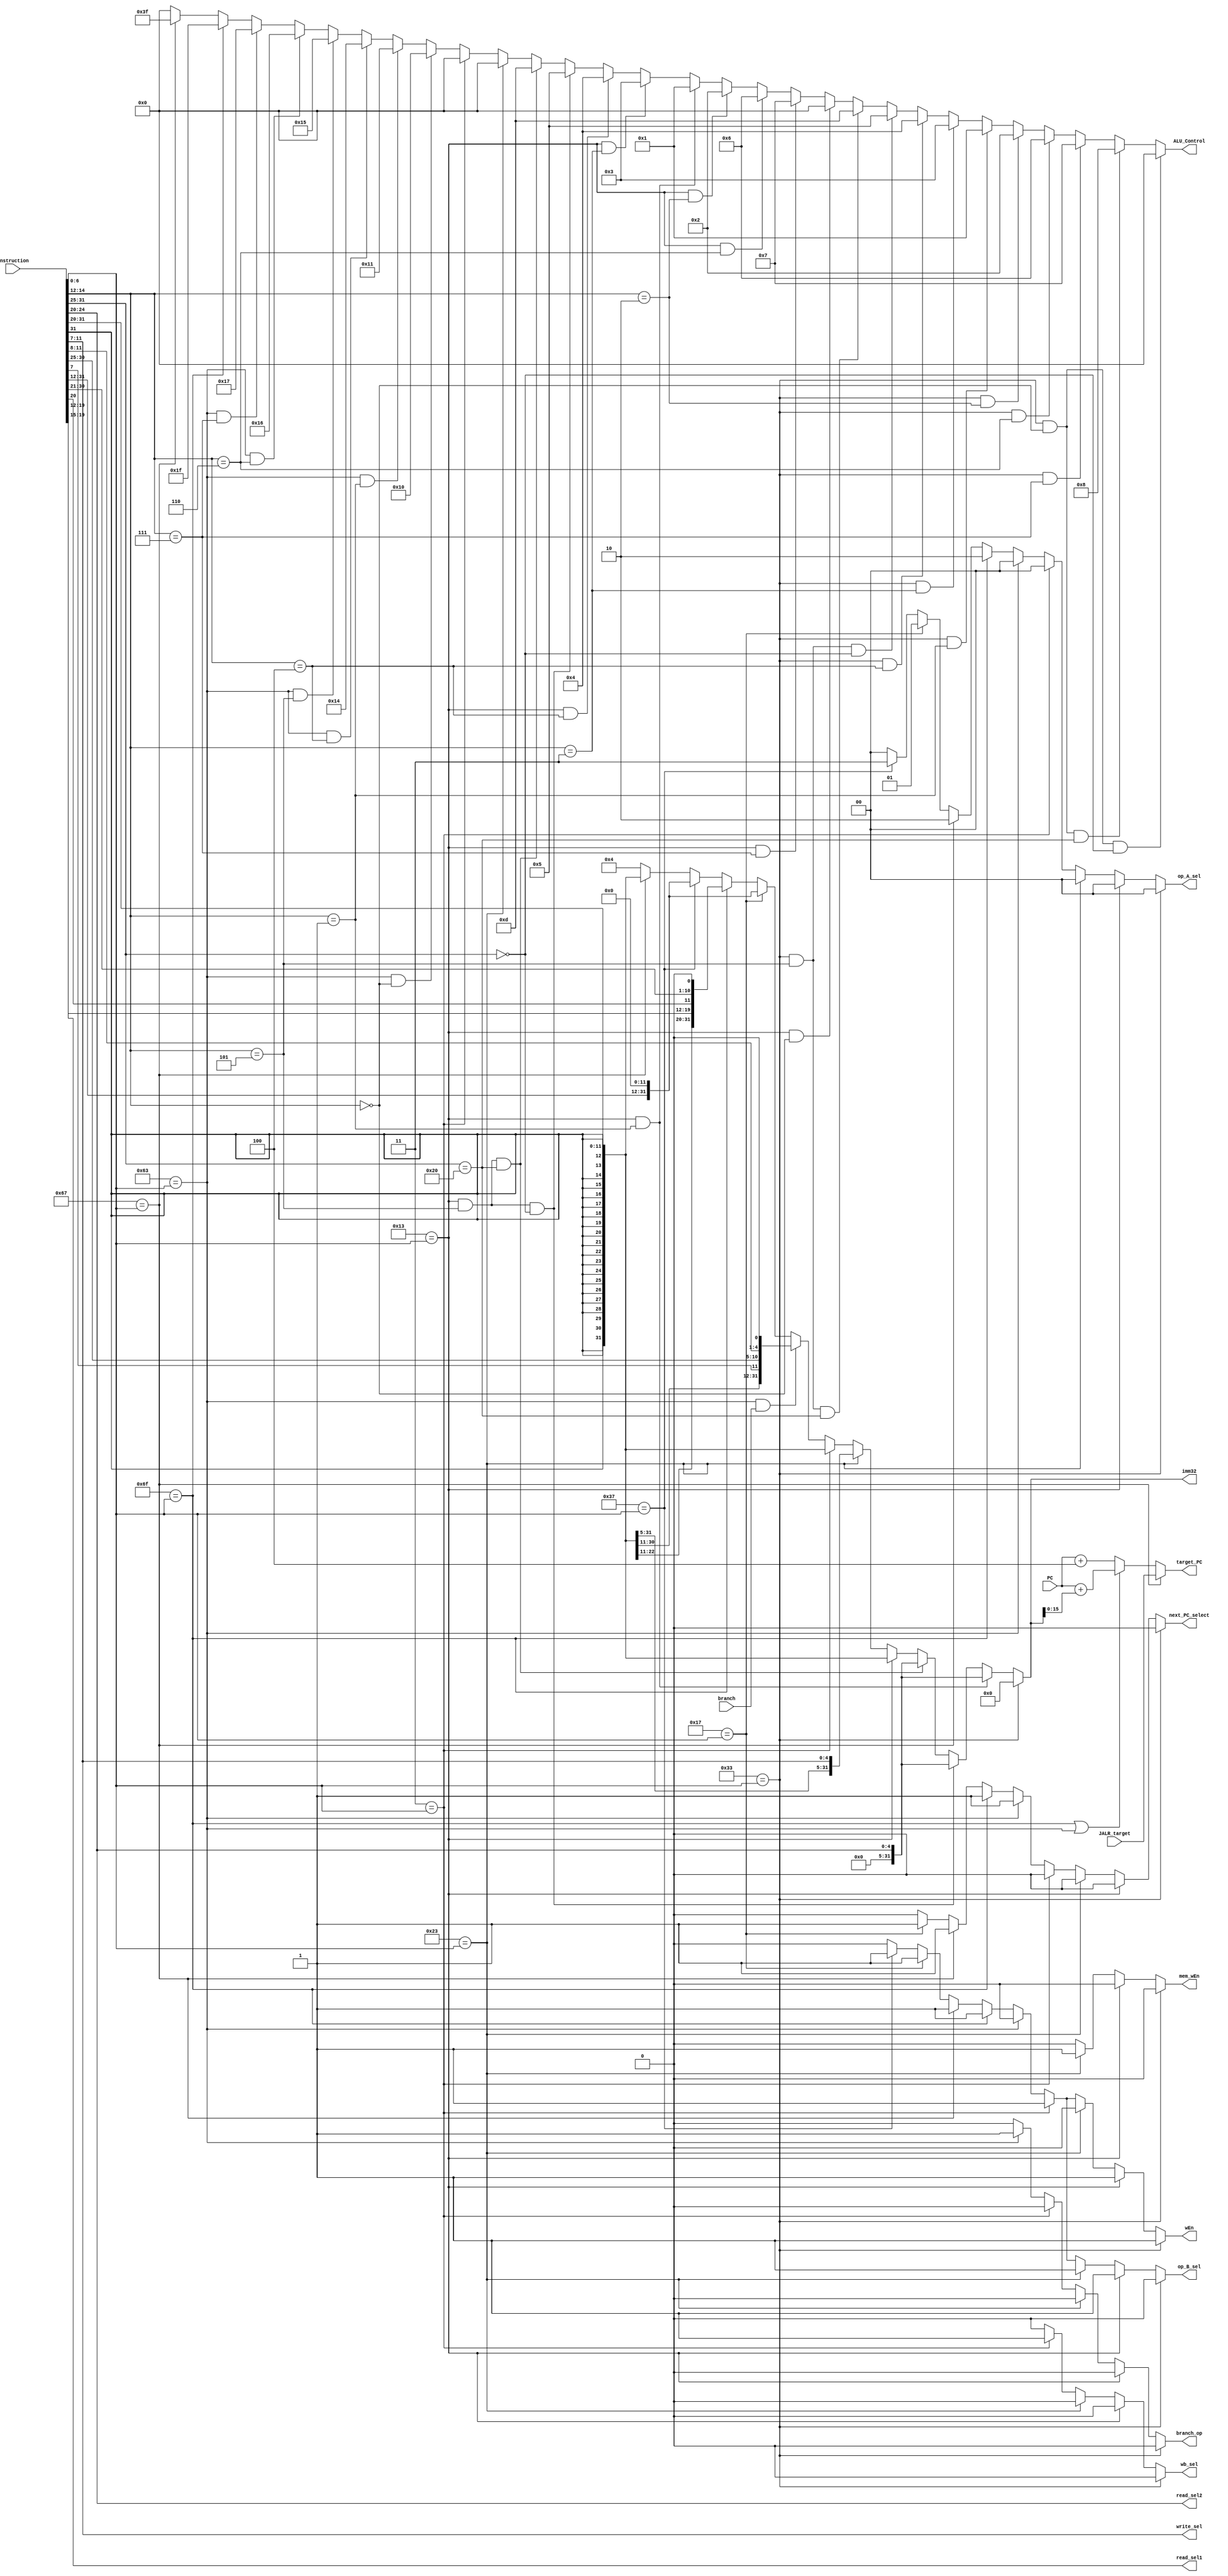
// Name: Layan Bahaidarah Andreas Francisco
// BU ID: U26666743 U85066104
// EC413 Project: Decode Module

module decode #(
  parameter ADDRESS_BITS = 16
) (
  // Inputs from Fetch
  input [ADDRESS_BITS-1:0] PC,
  input [31:0] instruction,

  // Inputs from Execute/ALU
  input [ADDRESS_BITS-1:0] JALR_target,
  input branch,

  // Outputs to Fetch
  output next_PC_select,
  output [ADDRESS_BITS-1:0] target_PC,

  // Outputs to Reg File
  output [4:0] read_sel1,
  output [4:0] read_sel2,
  output [4:0] write_sel,
  output wEn,

  // Outputs to Execute/ALU
  output branch_op, // Tells ALU if this is a branch instruction
  output [31:0] imm32,
  output [1:0] op_A_sel,
  output op_B_sel,
  output [5:0] ALU_Control,

  // Outputs to Memory
  output mem_wEn,

  // Outputs to Writeback
  output wb_sel

);

localparam [6:0]R_TYPE  = 7'b0110011,
                I_TYPE  = 7'b0010011,
                STORE   = 7'b0100011,
                LOAD    = 7'b0000011,
                BRANCH  = 7'b1100011,
                JALR    = 7'b1100111,
                JAL     = 7'b1101111,
                AUIPC   = 7'b0010111,
                LUI     = 7'b0110111;


// These are internal wires that I used. You can use them but you do not have to.
// Wires you do not use can be deleted.
wire[6:0]  s_imm_msb;//for s_type
wire[4:0]  s_imm_lsb;// for s_type
wire[19:0] u_imm;//for u_type
wire[11:0] i_imm_orig;//for i_type
wire[19:0] uj_imm;//for j_type
wire[11:0] s_imm_orig;// not currently using 
wire[12:0] sb_imm_orig;// for b_type

wire[31:0] sb_imm_32;
wire[31:0] u_imm_32;
wire[31:0] i_imm_32;
wire[31:0] s_imm_32;
wire[31:0] uj_imm_32;

wire [6:0] opcode;
wire [6:0] funct7;
wire [2:0] funct3;
wire [1:0] extend_sel;
wire [ADDRESS_BITS-1:0] branch_target;
wire [ADDRESS_BITS-1:0] JAL_target;


// Read registers
assign read_sel2  = instruction[24:20];
assign read_sel1  = instruction[19:15];

/* Instruction decoding */
assign opcode = instruction[6:0];
assign funct7 = instruction[31:25];
assign funct3 = instruction[14:12];

/* Write register */
assign write_sel = instruction[11:7];

wire[4:0] shamt;
wire[31:0] shamt_32;

assign shamt = instruction[24:20];
assign shamt_32 = {27'b000000000000000000000000000, shamt};

assign imm32= (R_TYPE == opcode)? 32'b0:

             (I_TYPE == opcode && funct3 == 3'b001)? shamt_32://SLLI
             
             (I_TYPE == opcode && funct3 == 3'b101 && funct7==7'b0)? shamt_32://SRLI
             
             (I_TYPE == opcode && funct3 == 3'b101 && funct7==7'b0100000)? shamt_32://SRAI
             
             (I_TYPE == opcode)?{{20{instruction[31]}},instruction[31:20]}:
             
             (STORE == opcode)? {{20{instruction[31]}},instruction[31:25],instruction[11:7]}:
             
             (LOAD == opcode)? {{20{instruction[31]}},instruction[31:20]}:
             
             (BRANCH == opcode && branch == 1'b1)? {{19{instruction[31]}},instruction[31],instruction[7],instruction[30:25],instruction[11:8], 1'b0}:
             
             (AUIPC == opcode)? {instruction[31:12],12'b0}:
             
             (JAL == opcode)? {{11{instruction[31]}},instruction[31],instruction[19:12],instruction[20],instruction[30:21],1'b0}:
             
             (LUI == opcode)? {instruction[31:12],12'b0}:
             
             (JALR == opcode)? {{20{instruction[31]}},instruction[31:20]}:
             
             32'b00000000000000000000000000000100;

assign target_PC = (JALR == opcode)? JALR_target:
                   (JAL == opcode || BRANCH == opcode)? {{16{PC[15]}},PC} + imm32:
                   {{16{PC[15]}},PC} +32'b00000000000000000000000000000100;
                   

assign next_PC_select=(R_TYPE == opcode)? 0:
                   (I_TYPE == opcode)? 0:
                   (STORE == opcode)? 0:
                   (LOAD == opcode)? 0:
                   (BRANCH == opcode)? 1:
                   (JAL == opcode)? 1:
                   (JALR == opcode)? 1:
                   (AUIPC == opcode)? 1:
                   (LUI == opcode)? 0:
                   0;

             assign branch_op=(R_TYPE == opcode)? 0:
                                 (I_TYPE == opcode)? 0:
                                 (STORE == opcode)? 0:
                                 (LOAD == opcode)? 0:
                                 (BRANCH == opcode)? 1:
                                 (JAL == opcode)? 0:
                                 (JALR == opcode)? 0:
                                 (AUIPC == opcode)? 0:
                                 (LUI == opcode)? 0:
                                 0;
             
             assign wEn= (R_TYPE == opcode)? 1:
                         (I_TYPE == opcode)? 1:
                         (STORE == opcode)? 0:
                         (LOAD == opcode)? 1:
                         (BRANCH == opcode)? 0:
                         (JAL == opcode)? 1:
                         (JALR == opcode)? 1:
                         (AUIPC == opcode)? 1:
                         (LUI == opcode)? 1:
                         0;
             
             assign op_A_sel=(R_TYPE == opcode)? 2'b00://we need to make sure of this
                             (I_TYPE == opcode)? 2'b00:
                             (STORE == opcode)? 2'b00:
                             (LOAD == opcode)? 2'b00:
                             (BRANCH == opcode)? 2'b00: 
                             (JAL == opcode)? 2'b10:
                             (JALR == opcode)? 2'b10:
                             (AUIPC == opcode)? 2'b01:
                             (LUI == opcode)? 2'b11:
                             0;
             
             assign op_B_sel=(R_TYPE == opcode)? 0://we need to make sure of this
                             (I_TYPE == opcode)? 1:
                             (STORE == opcode)? 1:
                             (LOAD == opcode)? 1:
                             (BRANCH == opcode)? 0: 
                             (JAL == opcode)? 1:
                             (JALR == opcode)? 1:
                             (AUIPC == opcode)? 1:
                             (LUI == opcode)? 1:
                             0;
//         
             assign mem_wEn= (R_TYPE == opcode)? 0:
                             (I_TYPE == opcode)? 0:
                             (STORE == opcode)? 1:
                             (LOAD == opcode)? 0:
                             (BRANCH == opcode)? 0:
                             (JAL == opcode)? 0:
                             (JALR == opcode)? 0:
                             (AUIPC == opcode)? 0:
                             (LUI == opcode)? 0:
                             0;
             assign wb_sel=  (R_TYPE == opcode)? 0:
                             (I_TYPE == opcode)? 0:
                             (STORE == opcode)? 0:
                             (LOAD == opcode)? 1:
                             (BRANCH == opcode)? 0:
                             (JAL == opcode)? 0:
                             (JALR == opcode)? 0:
                             (AUIPC == opcode)? 0:
                             (LUI == opcode)? 0:
                             0;

assign ALU_Control=(R_TYPE == opcode&&funct3==3'b000&&funct7==7'b0)?6'b0:/*add*/
                  (R_TYPE == opcode&&funct3==3'b000&&funct7==7'b0100000)?6'b001000://sub
                  (R_TYPE == opcode&&funct3==3'b111)?6'b000111://and
                  (R_TYPE == opcode&&funct3==3'b110)?6'b000110://or
                  (R_TYPE == opcode&&funct3==3'b010)?6'b000010://slt
                  (R_TYPE == opcode&&funct3==3'b001)?6'b000001://sll
                  (R_TYPE == opcode&&funct3==3'b011)?6'b000011://sltu
                  (R_TYPE == opcode&&funct3==3'b100)?6'b000100://xor
                  (R_TYPE == opcode&&funct3==3'b101&&funct7==7'b0)?6'b000101:/*srl*/
                  (R_TYPE == opcode&&funct3==3'b101&&funct7==7'b0100000)?6'b001101://sra

                  (I_TYPE == opcode&&funct3==3'b000)?6'b0://addi
                  (I_TYPE == opcode&&funct3==3'b111)?6'b000111://andi
                  (I_TYPE == opcode&&funct3==3'b110)?6'b000110://ori
                  (I_TYPE == opcode&&funct3==3'b010)?6'b000010://slti
                  (I_TYPE == opcode&&funct3==3'b001)?6'b000001://slli
                  (I_TYPE == opcode&&funct3==3'b011)?6'b000011://sltiu
                  (I_TYPE == opcode&&funct3==3'b100)?6'b000100://xori
                  (I_TYPE == opcode&&funct3==3'b101&&funct7==7'b0)?6'b000101://srli
                  (I_TYPE == opcode&&funct3==3'b101&&funct7==7'b0100000)?6'b001101://srai

                  (STORE == opcode)? 6'b0:

                  (LOAD == opcode)? 6'b0:

                  (BRANCH == opcode&&funct3 == 3'b000)?6'b010000://beq
                  (BRANCH == opcode&&funct3 == 3'b001)?6'b010001://bne
                  (BRANCH == opcode&&funct3 == 3'b100)?6'b010100://blt
                  (BRANCH == opcode&&funct3 == 3'b101)?6'b010101://bge
                  (BRANCH == opcode&&funct3 == 3'b110)?6'b010110://bltu
                  (BRANCH == opcode&&funct3 == 3'b111)?6'b010111://bgeu

                  (JAL == opcode)? 6'b011111:

                  (JALR == opcode)? 6'b111111:

                  (AUIPC == opcode)? 6'b000000:

                  (LUI == opcode)? 6'b000000:

                  6'b0;
 
    
    
    
/******************************************************************************
*                      Start Your Code Here
******************************************************************************/

endmodule